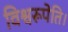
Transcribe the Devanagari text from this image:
विश्वरूपेति।